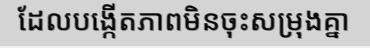
ដែលបង្កើតភាពមិនចុះសម្រុងគ្នា